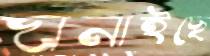
ঘনাইছে